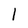
Character: l